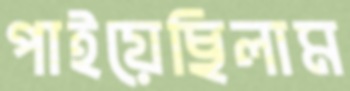
পাইয়েছিলাম